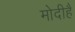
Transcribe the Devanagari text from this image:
मोदीहै